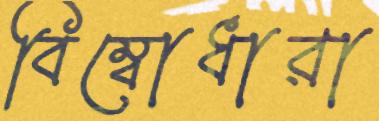
বিম্বোধারা